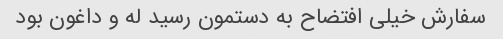
سفارش خیلی افتضاح به دستمون رسید له و داغون بود